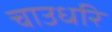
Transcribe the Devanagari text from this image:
चाउधरि